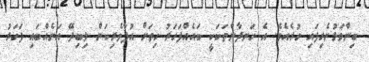
ބިންވަޅުނެގިފައި ހުރެއެވެ. އެ ހަނދާންތަކަކީ ބައެއްފަހަރު ހިތަށް އުފާވެރިކަން ލިބިދޭ އަނެއްބައި ފަހަރު